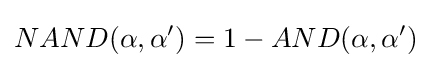
NAND(\alpha ,\alpha ')=1-AND(\alpha ,\alpha ')